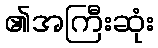
၏အကြီးဆုံး